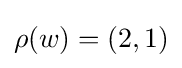
\rho (w)=(2,1)